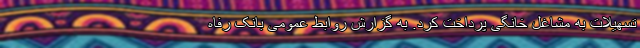
تسهیلات به مشاغل خانگی پرداخت کرد. به گزارش روابط عمومی بانک رفاه